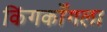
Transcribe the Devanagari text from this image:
किंगकाँगला